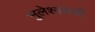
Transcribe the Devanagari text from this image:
भुलेश्वराची